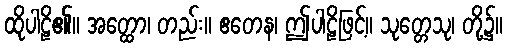
ထိုပါဠိ၏။ အတ္ထော၊ တည်း။ ဧတေန၊ ဤပါဠိဖြင့်။ သုတ္တေသု၊ တို့၌။